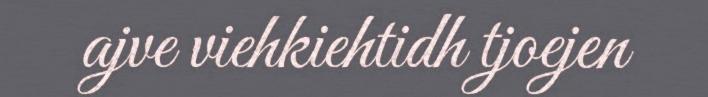
ajve viehkiehtidh tjoejen